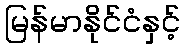
မြန်မာနိုင်ငံနှင့်